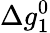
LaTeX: \Delta g_{1}^{0}